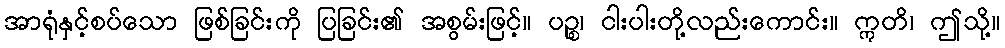
အာရုံနှင့်စပ်သော ဖြစ်ခြင်းကို ပြခြင်း၏ အစွမ်းဖြင့်။ ပဉ္စ၊ ငါးပါးတို့လည်းကောင်း။ ဣတိ၊ ဤသို့။